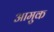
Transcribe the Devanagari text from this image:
आमुक